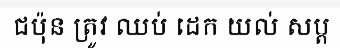
ជប៉ុន ត្រូវ ឈប់ ដេក យល់ សប្ត